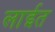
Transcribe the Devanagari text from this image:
लाईत